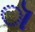
ૉ